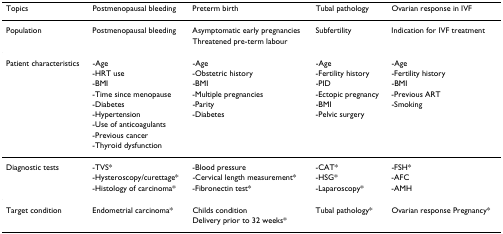
<table><thead><tr><td><b>Topics</b></td><td><b>Postmenopausal bleeding</b></td><td><b>Preterm birth</b></td><td><b>Tubal pathology</b></td><td><b>Ovarian response in IVF</b></td></tr></thead><tbody><tr><td>Population</td><td>Postmenopausal bleeding</td><td>Asymptomatic early pregnancies</td><td>Subfertility</td><td>Indication for IVF treatment</td></tr><tr><td></td><td></td><td>Threatened pre-term labour</td><td></td><td></td></tr><tr><td>Patient characteristics</td><td>-Age</td><td>-Age</td><td>-Age</td><td>-Age</td></tr><tr><td></td><td>-HRT use</td><td>-Obstetric history</td><td>-Fertility history</td><td>-Fertility history</td></tr><tr><td></td><td>-BMI</td><td>-BMI</td><td>-PID</td><td>-BMI</td></tr><tr><td></td><td>-Time since menopause</td><td>-Multiple pregnancies</td><td>-Ectopic pregnancy</td><td>-Previous ART</td></tr><tr><td></td><td>-Diabetes</td><td>-Parity</td><td>-BMI</td><td>-Smoking</td></tr><tr><td></td><td>-Hypertension</td><td>-Diabetes</td><td>-Pelvic surgery</td><td></td></tr><tr><td></td><td>-Use of anticoagulants</td><td></td><td></td><td></td></tr><tr><td></td><td>-Previous cancer</td><td></td><td></td><td></td></tr><tr><td></td><td>-Thyroid dysfunction</td><td></td><td></td><td></td></tr><tr><td>Diagnostic tests</td><td>-TVS*</td><td>-Blood pressure</td><td>-CAT*</td><td>-FSH*</td></tr><tr><td></td><td>-Hysteroscopy/curettage*</td><td>-Cervical length measurement*</td><td>-HSG*</td><td>-AFC</td></tr><tr><td></td><td>-Histology of carcinoma*</td><td>-Fibronectin test*</td><td>-Laparoscopy*</td><td>-AMH</td></tr><tr><td>Target condition</td><td>Endometrial carcinoma*</td><td>Childs condition</td><td>Tubal pathology*</td><td>Ovarian response Pregnancy*</td></tr><tr><td></td><td></td><td>Delivery prior to 32 weeks*</td><td></td><td></td></tr></tbody></table>